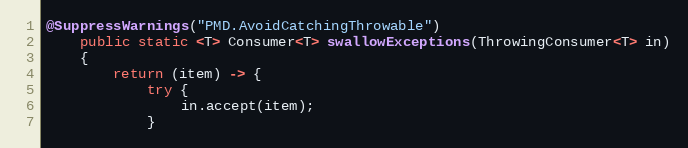
Language: Java
@SuppressWarnings("PMD.AvoidCatchingThrowable")
    public static <T> Consumer<T> swallowExceptions(ThrowingConsumer<T> in)
    {
        return (item) -> {
            try {
                in.accept(item);
            }